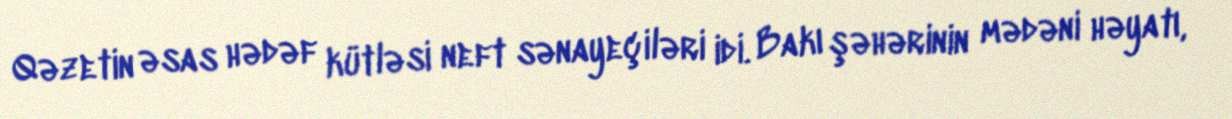
Qəzetin əsas hədəf kütləsi neft sənayeçiləri idi. Bakı şəhərinin mədəni həyatı,